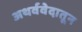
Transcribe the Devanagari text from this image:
अथर्ववेदातून